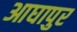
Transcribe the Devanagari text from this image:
आघापुर